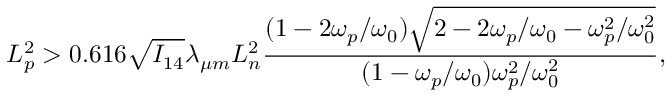
L _ { p } ^ { 2 } > 0 . 6 1 6 \sqrt { I _ { 1 4 } } \lambda _ { \mu m } L _ { n } ^ { 2 } \frac { ( 1 - 2 \omega _ { p } / \omega _ { 0 } ) \sqrt { 2 - 2 \omega _ { p } / \omega _ { 0 } - \omega _ { p } ^ { 2 } / \omega _ { 0 } ^ { 2 } } } { ( 1 - \omega _ { p } / \omega _ { 0 } ) \omega _ { p } ^ { 2 } / \omega _ { 0 } ^ { 2 } } ,